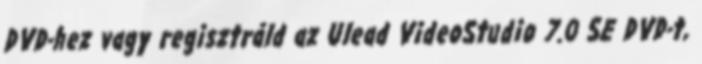
DVD-hez vagy regisztráld az Ulead VideoStudio 7.0 SE DVD-t,